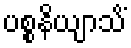
ပစ္စနိယျာသိံ